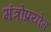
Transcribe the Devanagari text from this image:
मंत्रोप्रयोग